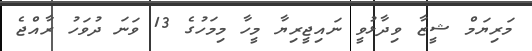
މަރިޔަމް ޝީޒާ ވިދާޅުވީ ނައިޖީރިޔާ މީހާ މިމަހުގެ 13 ވަނަ ދުވަހު ރާއްޖެ